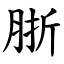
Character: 䏳